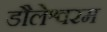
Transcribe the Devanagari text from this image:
डौलेश्वरम